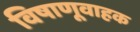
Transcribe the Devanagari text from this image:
विषाणूवाहक